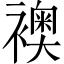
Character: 襖